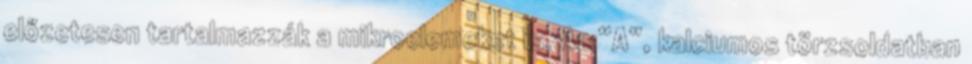
előzetesen tartalmazzák a mikroelemeket is. Az “A”, kalciumos törzsoldatban